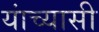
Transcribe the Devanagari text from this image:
यांच्यासी